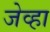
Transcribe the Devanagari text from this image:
जेव्‍हा